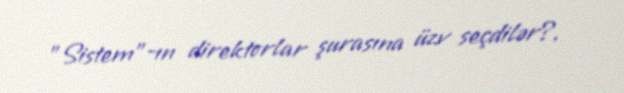
"Sistem"-ın direktorlar şurasına üzv seçdilər?.